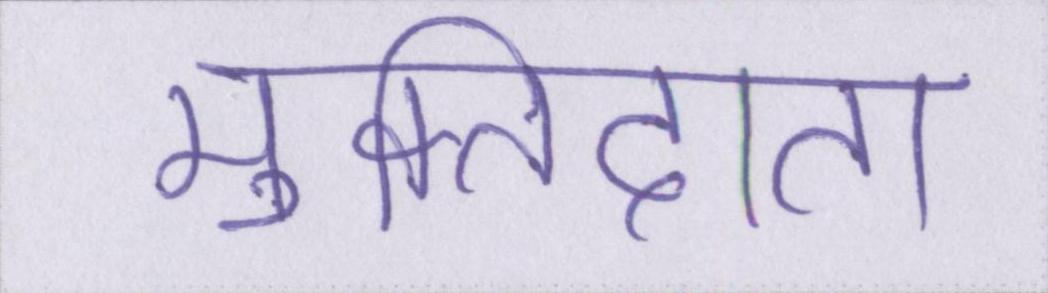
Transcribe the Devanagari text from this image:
मुक्तिदाता